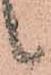
候